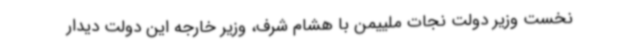
نخست وزیر دولت نجات ملییمن با هشام شرف، وزیر خارجه این دولت دیدار